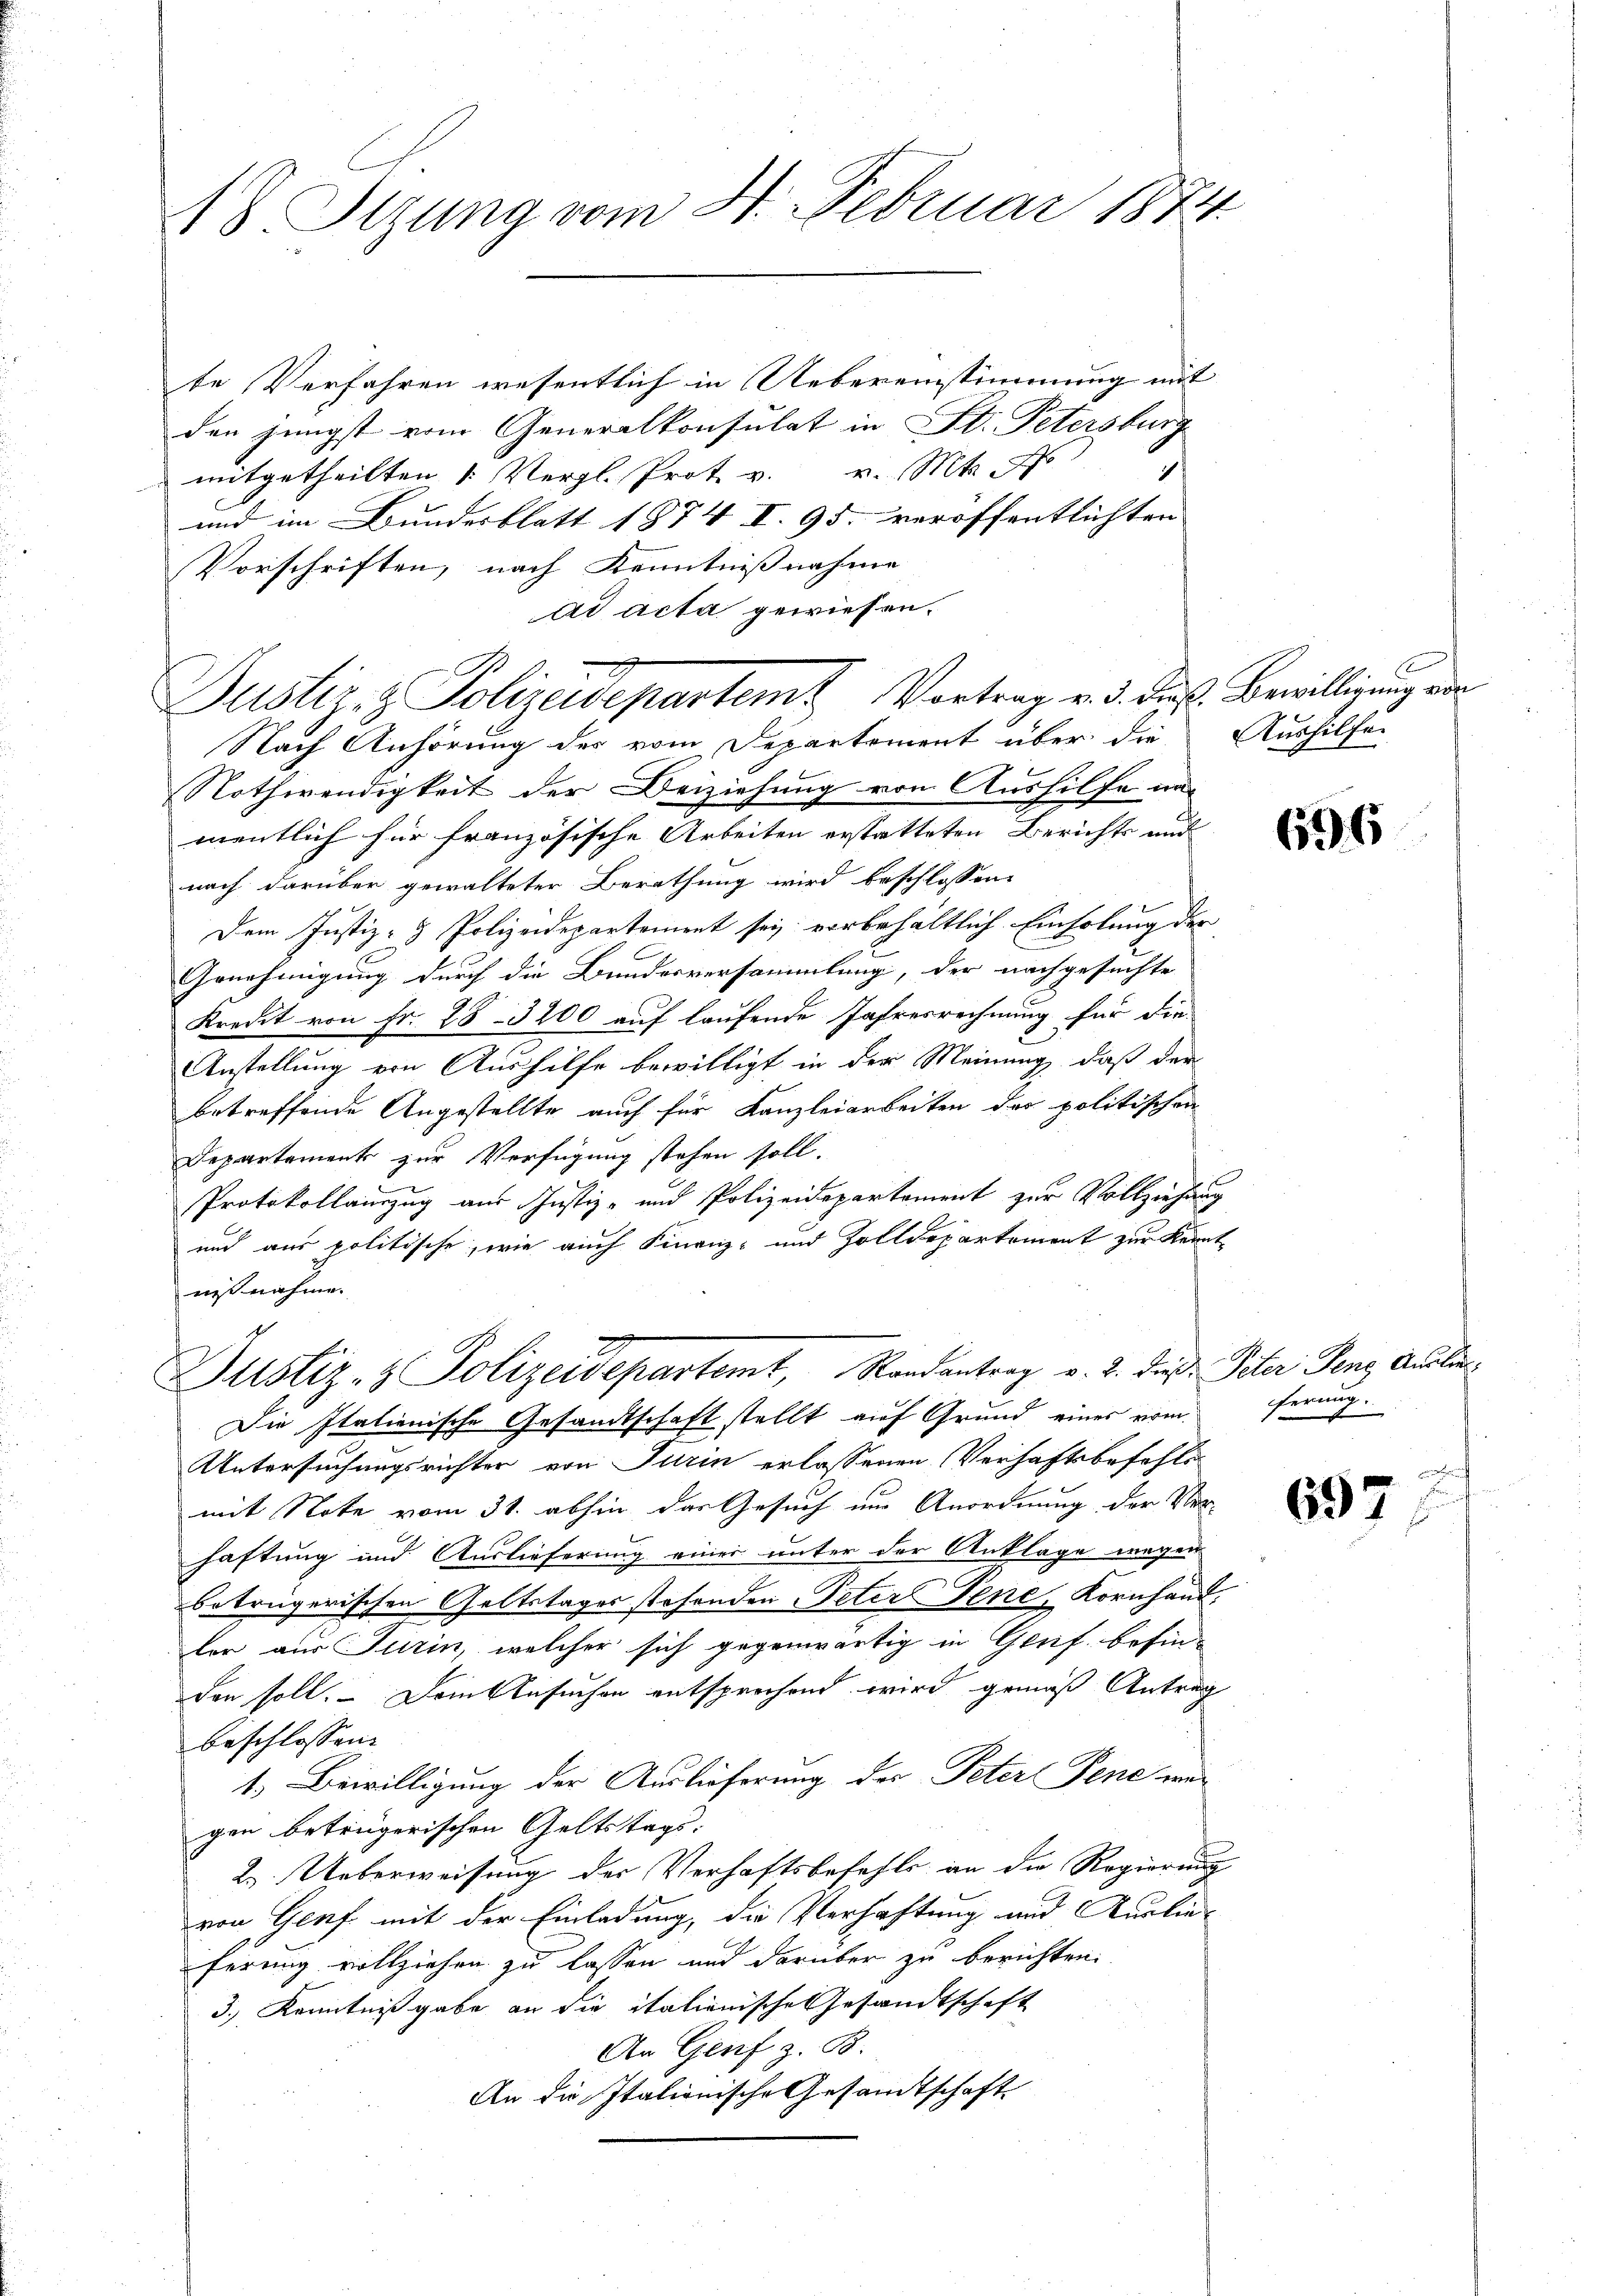
48 Sizung vom 4. Februar 1874.

a
Justiz- & Polizeidepartem Vortrag v. 3. dieß. Bewilligung von
Nach Anhörung des vom Departement über die Aushilfer

te Verfahren wesentlich in Uebereinstimmung mit
den jüngst vom Generalkonsulat in St. Petersburg
i
mitgetheilten 1. Vergl. Prot. v. v. Mts. No
und im Bundesblatt 1874 I. 95. veroffentlichten
Vorschriften, nach Kenntnisnahme
ad acta gewiesen.
Nothwendigkeit der Beiziehung von Aushilfe un
mentlich für französische Arbeiten erstatteten Berichts und
nach darüber gewalteter Berathung wird beschlossen:
Dem Justiz- & Polizeidepartement sey vorbehältlich Einholung der
Genehmigung durch die Bundesversammlung, der nachgesuchte
Kredit von Fr. 25-3200 auf laufende Jahresrechnung für die
Anstellung von Aushilfe bewilligt in der Meinung, daß der
betreffende Angestellte auch für Kanzleiarbeiten der politischen
Departement zur Verfügung stehen soll.
Protokollauszug aus Justiz- und Polizeidepartement zur Vollziehung
und aus politische, wie auch Finanz- und Zolldepartement zur Kennt-
unnahme.
Justiz- & Polizeidepartemt, Randantrag v. 2. Das Peter Penz Auslie¬
Die Italienische Gesandtschaft stellt auf Grund eines vom
Untersuchungsrichter von Turin erlassenen Verhaftsbefehlsmit Note vom 31. abhin das Gesuch um Anordnung der Verhaftung und Auslieferung einer unter der Anklage wegen
betrügerischen Geltstages stehenden Peter Tene, Kornhand.
ler aus Jurin, welcher sich gegenwärtig in Genf befin-
den soll. Dem Ansuchen entsprechend wird gemäß Antrag
beschlossen:
1. Bewilligung der Auslieferung der Peter Tene war
gen betrügerischen Geltstags-
2. Ueberweisung der Verhaftsbefehls an die Regierung
von Genf mit der Einladung, die Verhaftung und Auslieferung vollziehen zu lassen und darüber zu berichten
3.) Kenntnißgabe an die italienische Gesandtschaft
An Genf z. B.
An die Italionische Gesandtschaft

636

ferung.

697